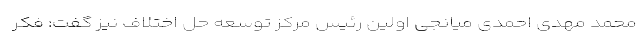
محمد مهدی احمدی میانجی اولین رئیس مرکز توسعه حل اختلاف نیز گفت: فکر